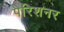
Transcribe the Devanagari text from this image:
पैरिशनर